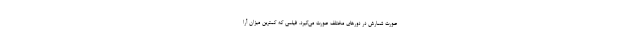
صورت شمارش در دورهای مختلف صورت می‌گیرد. فیلمی که کمترین میزان آرا